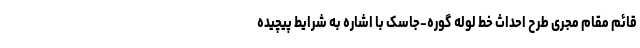
قائم مقام مجری طرح احداث خط لوله گوره-جاسک با اشاره به شرایط پیچیده